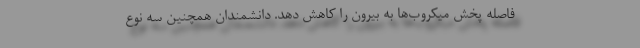
فاصله پخش میکروب‌ها به بیرون را کاهش دهد. دانشمندان همچنین سه نوع